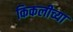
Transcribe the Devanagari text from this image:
किकलीच्या